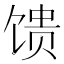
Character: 馈